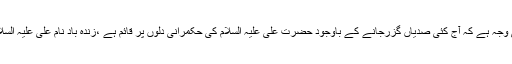
یہی وجہ ہے کہ آج کئی صدیاں گزرجانے کے باوجود حضرت علی علیہ السلام کی حکمرانی دلوں پر قائم ہے ،زندہ باد نامِ علی علیہ السلام“۔